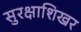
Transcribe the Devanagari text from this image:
सुरक्षाशिखर